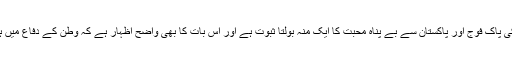
بھرتی کیلئے جوق در جوق نوجوان کی آمداہلیان گلگت بلتستان کی پاک فوج اور پاکستان سے بے پناہ محبت کا ایک منہ بولتا ثبوت ہے اور اس بات کا بھی واضح اظہار ہے کہ وطن کے دفاع میں ہمیشہ کی طرح گلگت بلتستان کے لوگ صف اول میں شامل ہیں۔